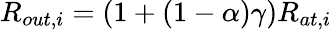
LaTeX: R_{out,i}=\left(1+(1-\alpha)\gamma\right)R_{at,i}